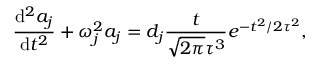
\frac { \mathrm { d } ^ { 2 } a _ { j } } { \mathrm { d } t ^ { 2 } } + \omega _ { j } ^ { 2 } a _ { j } = d _ { j } \frac { t } { \sqrt { 2 \pi } \tau ^ { 3 } } e ^ { - t ^ { 2 } / { 2 \tau ^ { 2 } } } ,